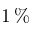
1 \, \%